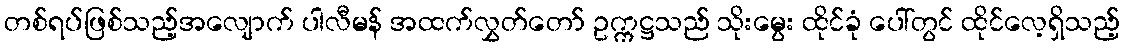
တစ်ရပ်ဖြစ်သည့်အလျောက် ပါလီမန် အထက်လွှတ်တော် ဥက္ကဋ္ဌသည် သိုးမွေး ထိုင်ခုံ ပေါ်တွင် ထိုင်လေ့ရှိသည့်